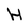
Character: H